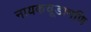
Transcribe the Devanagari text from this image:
नायकचूडामणि